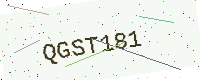
Text: QGST181